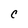
Character: C